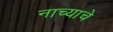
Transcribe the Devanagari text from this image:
नाच्याचे